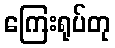
ကြေးရုပ်တု